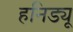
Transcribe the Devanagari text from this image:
हनिड्यू